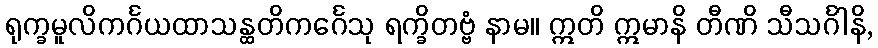
ရုက္ခမူလိကင်္ဂယထာသန္ထတိကင်္ဂေသု ရက္ခိတဗ္ဗံ နာမ။ ဣတိ ဣမာနိ တီဏိ သီသင်္ဂါနိ,